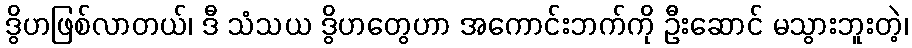
ဒွိဟဖြစ်လာတယ်၊ ဒီ သံသယ ဒွိဟတွေဟာ အကောင်းဘက်ကို ဦးဆောင် မသွားဘူးတဲ့၊